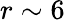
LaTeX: r\sim 6